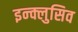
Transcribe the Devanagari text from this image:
इन्क्लुसिव